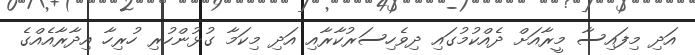
އަދި މިފައިސާ މީރާއަށް ދެއްކުމުގައި ދިވެހިސަރުކާރާއި އަދި މިކަމާ ގުޅުންހުރި ހުރިހާ އިދާރާއެއްގެ